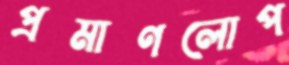
প্রমাণলোপ